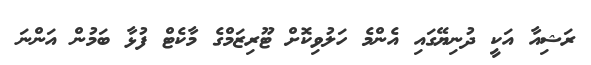
ރަޝިއާ އަކީ ދުނިޔޭގައި އެންމެ ހަލުވިކޮށް ޓޫރިޒަމްގެ މާކެޓް ފުޅާ ބަމުން އަންނަ